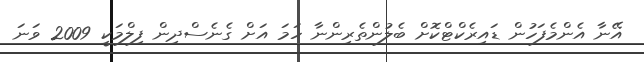
އޭނާ އެންމެފަހުން ޑައިރެކްޓްކޮށް ބެލުންތެރިންނާ ހަމަ އަށް ގެނެސްދިން ފިލްމަކީ 2009 ވަނަ